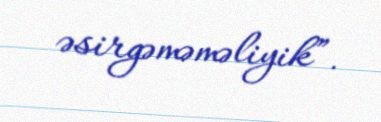
əsirgəməməliyik”.